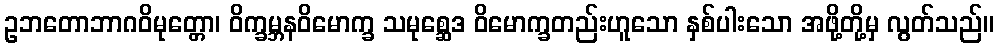
ဥဘတောဘာဂဝိမုတ္တော၊ ဝိက္ခမ္ဘနဝိမောက္ခ သမုစ္ဆေဒ ဝိမောက္ခတည်းဟူသော နှစ်ပါးသော အဖို့တို့မှ လွတ်သည်။